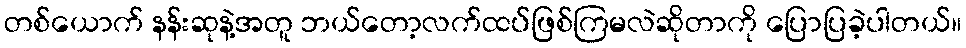
တစ်ယောက် နန်းဆုနဲ့အတူ ဘယ်တော့လက်ထပ်ဖြစ်ကြမလဲဆိုတာကို ပြောပြခဲ့ပါတယ်။